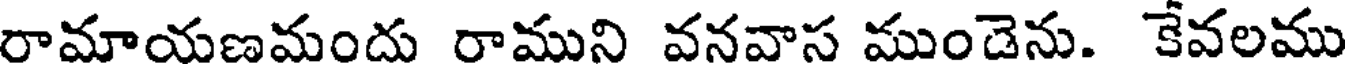
రామాయణమందు రాముని వనవాస ముండెను. కేవలము